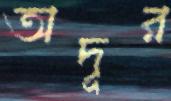
অদূর